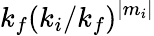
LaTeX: k_{f}(k_{i}/k_{f})^{\vert m_{i}\vert}